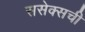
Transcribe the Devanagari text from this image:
ससेक्सची